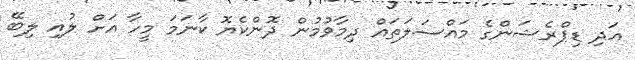
އަދި ޑިޕްރެޝަންގެ މައްސަލަތައް ދިމާވުމުން ދޮންކެޔޮ ކާނަމަ މީހާ އަށް ލުއި ލިބޭ